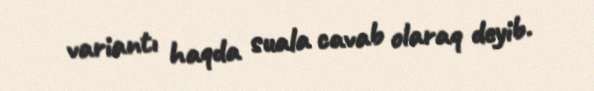
variantı haqda suala cavab olaraq deyib.